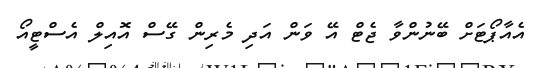
އެއާޕޯޓަށް ބޭނުންވާ ޖެޓް އޭ ވަން އަދި މެރިން ގޭސް އޮއިލް އެސްޓީއޯ